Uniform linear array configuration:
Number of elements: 24
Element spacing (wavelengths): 0.75
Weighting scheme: blackman
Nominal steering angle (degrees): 45
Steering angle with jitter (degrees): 43.327
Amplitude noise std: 0.05
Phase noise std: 0.05

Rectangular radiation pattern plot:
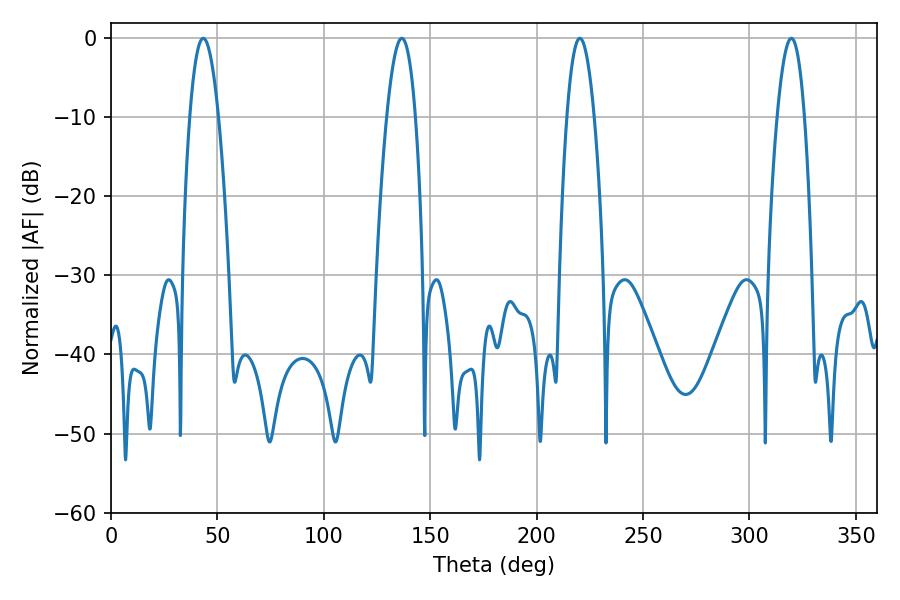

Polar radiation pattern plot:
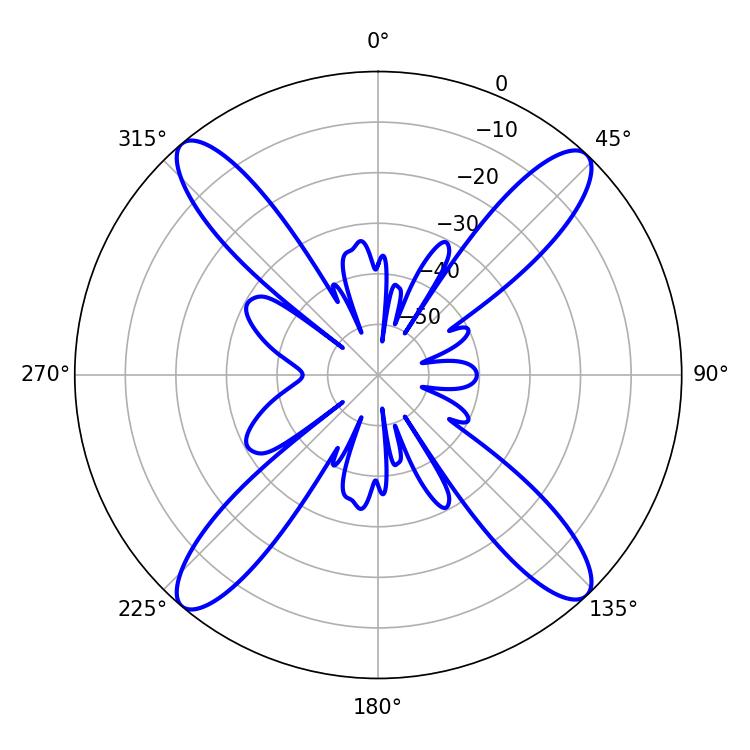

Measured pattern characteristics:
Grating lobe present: TRUE
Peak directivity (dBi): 20.105
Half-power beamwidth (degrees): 7.02
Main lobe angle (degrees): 220.32